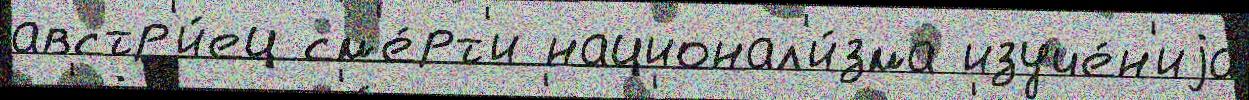
австр'и́ец см'е́рт'и национал'и́зма изуче́н'иjа